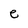
Character: e